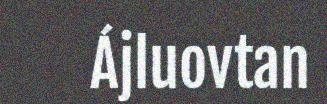
Ájluovtan